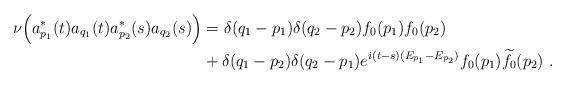
LaTeX: \begin{align*} \nu\Big(a^*_{p_1}(t) a_{q_1 } (t) a^*_{p_2 }(s) a_{q_2 } (s)\Big) & = \delta(q_1 - p_1)\delta(q_2 - p _2)f_0 (p_1) f_0(p_2) \\& + \delta(q_1 - p_2 )\delta(q_2 - p_1)e^{i(t-s) (E_{p_1}- E_{p_2})}f_0(p_1) \widetilde f _0 (p_2 ) \ . \end{align*}